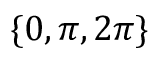
\{ 0 , \pi , 2 \pi \}